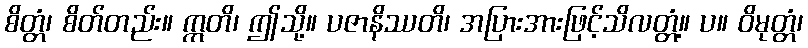
စိတ္တံ၊ စိတ်တည်း။ ဣတိ၊ ဤသို့။ ပဇာနိဿတိ၊ အပြားအားဖြင့်သိလတ္တံ့။ ပ။ ဝိမုတ္တံ၊